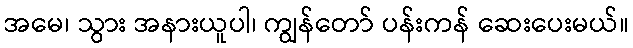
အမေ၊ သွား အနားယူပါ၊ ကျွန်တော် ပန်းကန် ဆေးပေးမယ်။